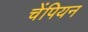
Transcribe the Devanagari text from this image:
चेंपियन